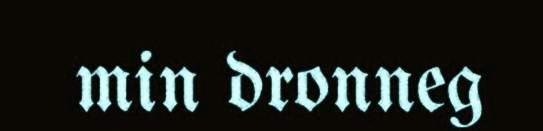
min dronneg